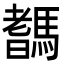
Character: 𩥞